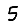
Digit: 5